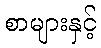
စာများနှင့်